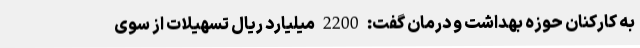
به کارکنان حوزه بهداشت و درمان گفت: 2200 میلیارد ریال تسهیلات از سوی